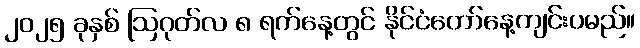
၂၀၂၅ ခုနှစ် ဩဂုတ်လ ၈ ရက်နေ့တွင် နိုင်ငံတော်နေ့ကျင်းပမည်။